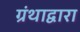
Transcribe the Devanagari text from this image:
ग्रंथाद्वारा